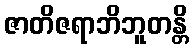
ဇာတိဇရာဘိဘူတန္တိ